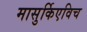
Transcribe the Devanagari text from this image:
मासुर्किएविच